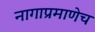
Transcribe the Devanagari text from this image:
नागाप्रमाणेच